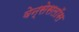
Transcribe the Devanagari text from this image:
वेन्सेसलॉस